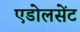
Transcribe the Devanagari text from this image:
एडोलसेंट